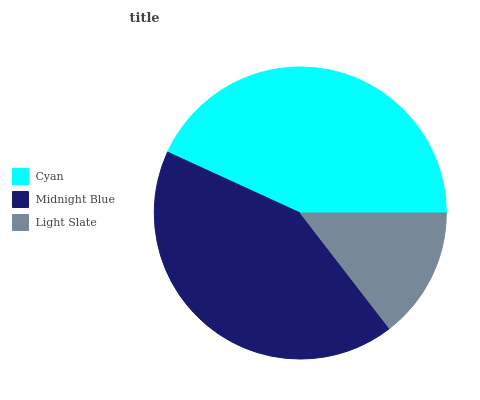
| Cyan | Midnight Blue | Light Slate |
 | --- | --- | --- |
 | 43.1% | 42.3% | 14.5% |